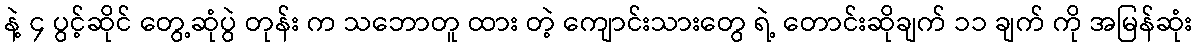
နဲ့ ၄ ပွင့်ဆိုင် တွေ့ဆုံပွဲ တုန်း က သဘောတူ ထား တဲ့ ကျောင်းသားတွေ ရဲ့ တောင်းဆိုချက် ၁၁ ချက် ကို အမြန်ဆုံး